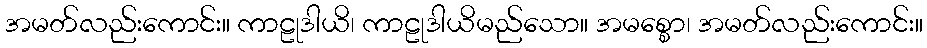
အမတ်လည်းကောင်း။ ကာဠုဒါယိ၊ ကာဠုဒါယိမည်သော။ အမစ္စော၊ အမတ်လည်းကောင်း။